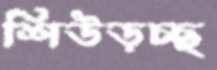
শিউড়চ্ছ